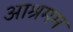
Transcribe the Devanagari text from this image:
आश्रमम